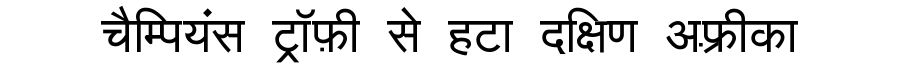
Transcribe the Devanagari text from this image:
चैम्पियंस ट्रॉफ़ी से हटा दक्षिण अफ़्रीका